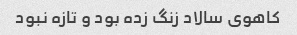
کاهوى سالاد زنگ زده بود و تازه نبود